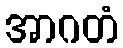
အာဂတံ